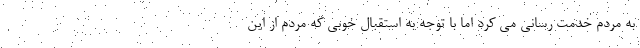
به مردم خدمت رسانی می کرد اما با توجه به استقبال خوبی که مردم از این